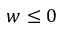
w \leq 0